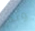
وثم